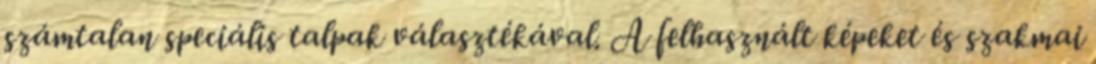
számtalan speciális talpak választékával. A felhasznált képeket és szakmai